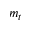
m _ { t }